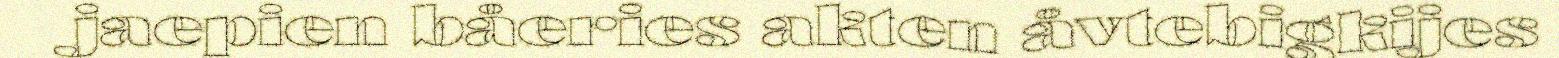
jaepien båeries akten åvtebigkijes